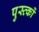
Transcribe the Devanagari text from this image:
पुस्त्कों